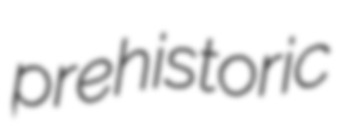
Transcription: prehistoric